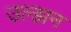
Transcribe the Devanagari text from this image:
उल्झन